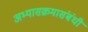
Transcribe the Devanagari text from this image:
अभ्यासक्रमासंबंधी